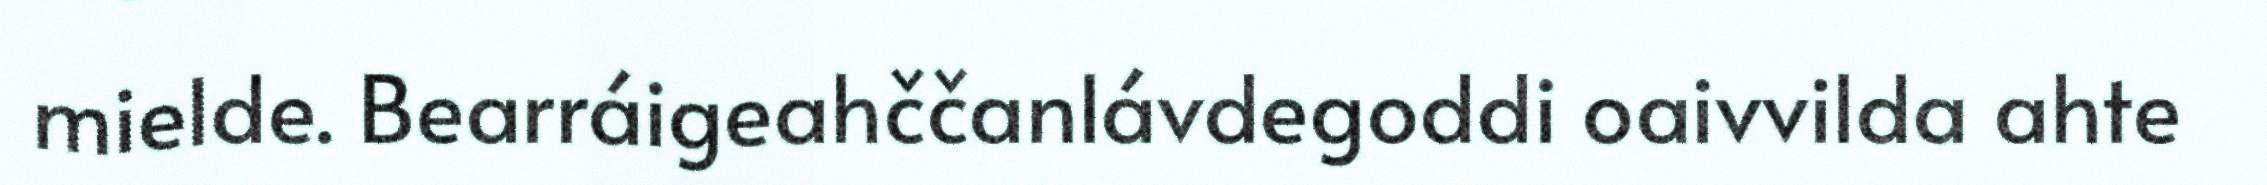
mielde. Bearráigeahččanlávdegoddi oaivvilda ahte